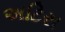
અટિરા